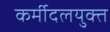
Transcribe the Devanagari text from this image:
कर्मीदलयुक्त